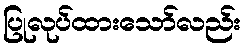
ပြုလုပ်ထားသော်လည်း